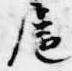
慮